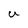
Character: U